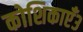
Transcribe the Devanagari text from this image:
कोशिकाएँ३